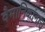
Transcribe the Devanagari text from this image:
वैमानिकांनाच